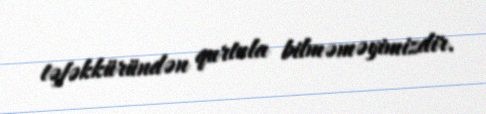
təfəkküründən qurtula bilməməyimizdir.